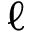
\ell